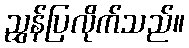
ညွှန်ပြလိုက်သည်။